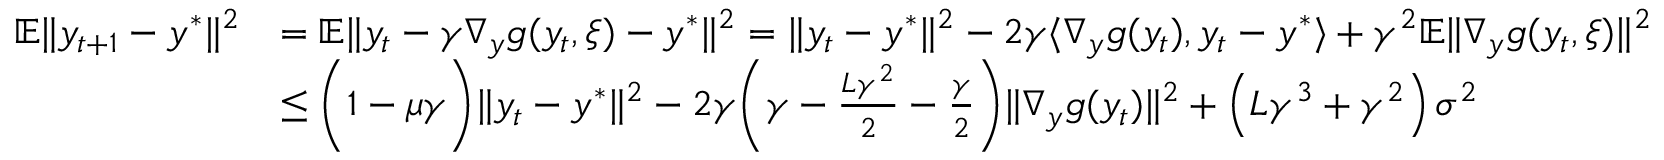
\begin{array} { r l } { \mathbb { E } \| y _ { t + 1 } - y ^ { * } \| ^ { 2 } } & { = \mathbb { E } \| y _ { t } - \gamma \nabla _ { y } g ( y _ { t } , \xi ) - y ^ { * } \| ^ { 2 } = \| y _ { t } - y ^ { * } \| ^ { 2 } - 2 \gamma \langle \nabla _ { y } g ( y _ { t } ) , y _ { t } - y ^ { * } \rangle + \gamma ^ { 2 } \mathbb { E } \| \nabla _ { y } g ( y _ { t } , \xi ) \| ^ { 2 } } \\ & { \leq \bigg ( 1 - \mu \gamma \bigg ) \| y _ { t } - y ^ { * } \| ^ { 2 } - 2 \gamma \bigg ( \gamma - \frac { L \gamma ^ { 2 } } { 2 } - \frac { \gamma } { 2 } \bigg ) \| \nabla _ { y } g ( y _ { t } ) \| ^ { 2 } + \left( L \gamma ^ { 3 } + \gamma ^ { 2 } \right) \sigma ^ { 2 } } \end{array}